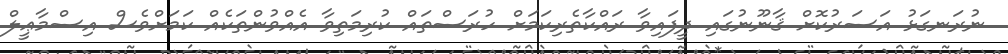
ނުރަނގަޅު އަސަރުކޮށް ޤާނޫނުގައި ދީފައިވާ ރައްކާތެރިކަމަށް ހުރަސްތައް ކުރިމަތިވާ އެއްވުންތަކެއް ކަމަށްވެސް އިސްމާޢީލް